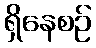
ရှိနေစဉ်